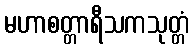
မဟာစတ္တာရီသကသုတ္တံ